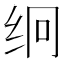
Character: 䌹